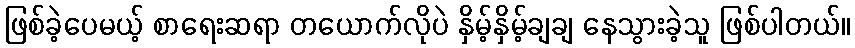
ဖြစ်ခဲ့ပေမယ့် စာရေးဆရာ တယောက်လိုပဲ နှိမ့်နှိမ့်ချချ နေသွားခဲ့သူ ဖြစ်ပါတယ်။